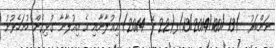
ނަންބަރު  )13-/13/2014/180)ފ(22 މޭ 2014) އިޢުލާނާއި އެ އިޢުލާނާ ގުޅިގެން ހުށަހެޅުނު